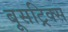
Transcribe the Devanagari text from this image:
बूसट्रिक्स